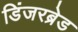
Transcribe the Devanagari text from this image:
डिंजरब्रेड